Annual report on the mental hospital in the Central Provinces and Berar (Nagpur) - 1927-1951
Year: 1927
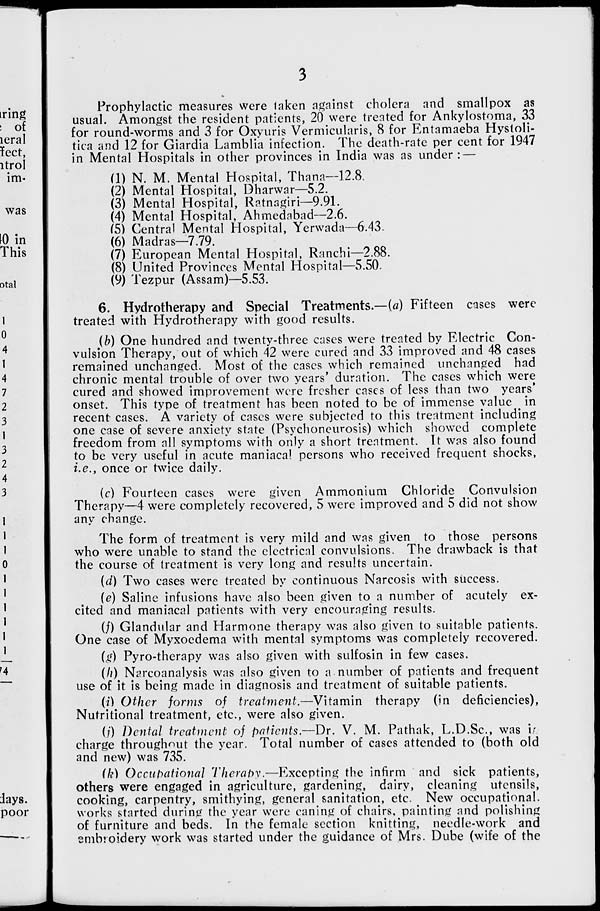
Prophylactic measures were laken against cholera and smallpox as
usual. Amongst the resident patients, 20 were treated for Ankylostoma, 33
for round-worms and 3 for Oxyuris Vermicularis, 8 for Entamaeba Hystoli-
tica and 12 for Giardia Lamblia infection. The death-rate per cent for 1947
in Mental Hospitals in other provinces in India was as under : —
(1) N. M. Mental Hospital, Thana—12.8.
(2) Mental Hospital, Dharwar—5.2.
(3) Mental Hospital, Ratnagiri—9.91.
(4) Mental Hospital, Ahmedabad—2.6.
(5) Central Mental Hospital, Yerwada—6.43.
(6) Madras—7.79.
(7) European Mental Hospital, Ranchi—2.88.
(8) United Provinces Mental Hospital—5.50.
(9) Tezpur (Assam)—5.53.
6. Hydrotherapy and Special Treatments.—(a) Fifteen cases were
treated with Hydrotherapy with good results.
(b) One hundred and twenty-three cases were treated by Electric Con-
vulsion Therapy, out of which 42 were cured and 33 improved and 48 cases
remained unchanged. Most of the cases which remained unchanged had
chronic mental trouble of over two years' duration. The cases which were
cured and showed improvement were fresher cases of less than two years'
onset. This type of treatment has been noted to be of immense value ^ in
recent cases. A variety of cases were subjected to this treatment including
one case of severe anxiety state (Psychoneurosis) which showed complete
freedom from all symptoms with only a short treatment. It was also found
to be very useful in acute maniacal persons who received frequent shocks,
i.e., once or tw 7 ice daily.
(c) Fourteen cases were given Ammonium Chloride Convulsion
Therapy—4 w r ere completely recovered, 5 were improved and 5 did not show
any change.
The form of treatment is very mild and was given to those persons
who were unable to stand the electrical convulsions. The drawback is that
the course of treatment is very long and results uncertain.
(d) Two cases were treated by continuous Narcosis with success.
(e) Saline infusions have also been given to a number of acutely ex-
cited and maniacal patients with very encouraging results.
(f) Glandular and Harmone therapy was also given to suitable patients.
One case of Myxocdema with mental symptoms was completely recovered.
(g) Pyro-therapy was also given with sulfosin in few cases.
(h) Narcoanalysis was also given to a number of patients and frequent
use of it is being made in diagnosis and treatment of suitable patients.
(i) Other forms of treatment.—Vitamin therapy (in deficiencies),
Nutritional treatment, etc., were also given.
(/) Dental treatment of patients.—Dr. V. M. Pathak, L.D.Sc, was iz
charge throughout the year. Total number of cases attended to (both old
and new) was 735.
(k) Occupational Therabw—Excepting the infirm and sick patients,
others were engaged in agriculture, gardening, dairy, cleaning utensils,
cooking, carpentry, smithying, general sanitation, etc. New occupational,
works started during the year were caning of chairs, painting and polishing
of furniture and beds. In the female section knitting, needle-work and
embroidery work was started under the guidance of Mrs. Dube (wife of the